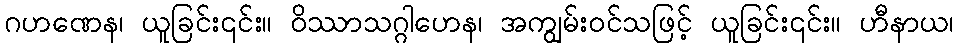
ဂဟဏေန၊ ယူခြင်း၎င်း။ ဝိဿာသဂ္ဂါဟေန၊ အကျွမ်းဝင်သဖြင့် ယူခြင်း၎င်း။ ဟီနာယ၊